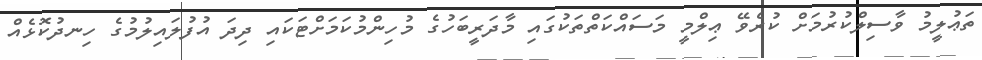
ތަޢުލީމު ވާސިލްކުރުމަށް ކުރެވޭ ޢިލްމީ މަސައްކަތްތަކުގައި މާދަރީބަހުގެ މުހިންމުކަމަށްޓަކައި ދިދަ އުފުލައިލުމުގެ ހިނދުކޮޅެއް